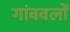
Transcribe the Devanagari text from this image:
गांववलों